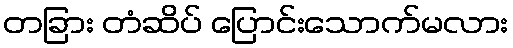
တခြား တံဆိပ် ပြောင်းသောက်မလား